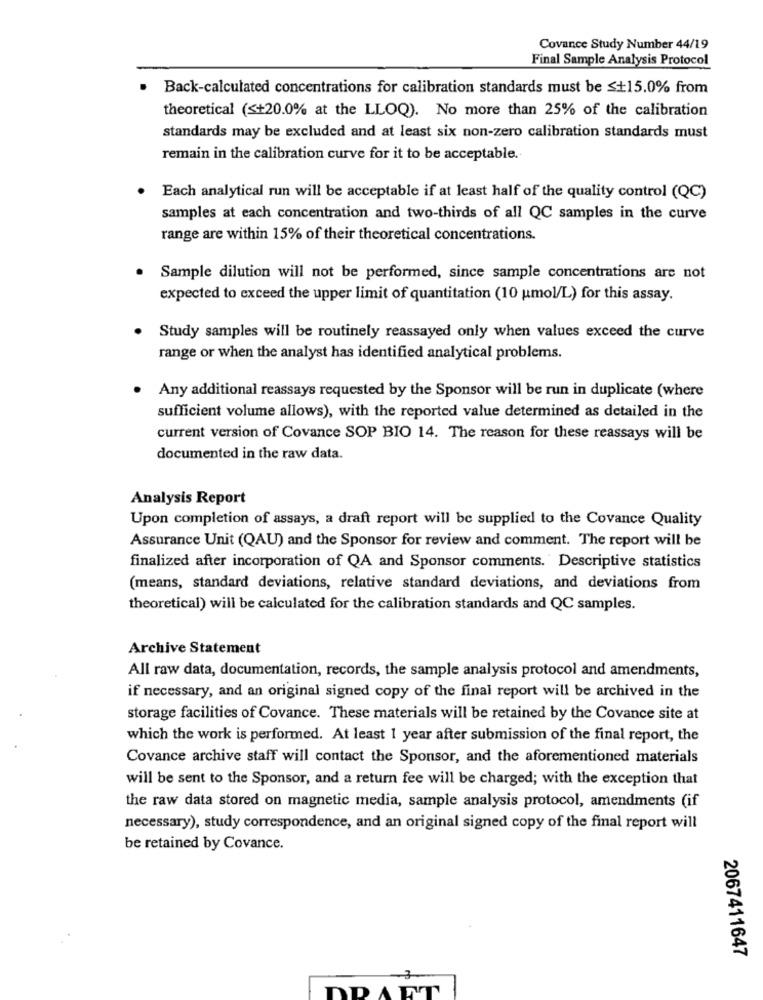
Covance Study Number 44/19
Final Sample Analysis Protocol
Back-calculated concentrations for calibration standards must be ≤+15.0% from
theoretical (≤+20.0% at the LLOQ). No more than 25% of the calibration
standards may be excluded and at least six non-zero calibration standards must
remain in the calibration curve for it to be acceptable.
Each analytical run will be acceptable if at least half of the quality control (QC)
samples at each concentration and two-thirds of all QC samples in the curve
range are within 15% of their theoretical concentrations.
Sample dilution will not be performed, since sample concentrations are not
expected to exceed the upper limit of quantitation (10 umol/L) for this assay.
Study samples will be routinely reassayed only when values exceed the curve
range or when the analyst has identified analytical problems.
Any additional reassays requested by the Sponsor will be run in duplicate (where
sufficient volume allows), with the reported value determined as detailed in the
current version of Covance SOP BIO 14. The reason for these reassays will be
documented in the raw data.
Analysis Report
Upon completion of assays, a draft report will be supplied to the Covance Quality
Assurance Unit (QAU) and the Sponsor for review and comment. The report will be
finalized after incorporation of QA and Sponsor comments. Descriptive statistics
(means, standard deviations, relative standard deviations, and deviations from
theoretical) will be calculated for the calibration standards and QC samples.
Archive Statement
All raw data, documentation, records, the sample analysis protocol and amendments,
if necessary, and an original signed copy of the final report will be archived in the
storage facilities of Covance. These materials will be retained by the Covance site at
which the work is performed. At least 1 year after submission of the final report, the
Covance archive staff will contact the Sponsor, and the aforementioned materials
will be sent to the Sponsor, and a return fee will be charged; with the exception that
the raw data stored on magnetic media, sample analysis protocol, amendments (if
necessary), study correspondence, and an original signed copy of the final report will
be retained by Covance.
2067411647
D